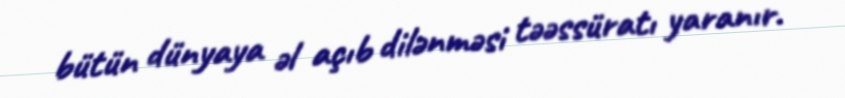
bütün dünyaya əl açıb dilənməsi təəssüratı yaranır.